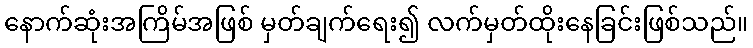
နောက်ဆုံးအကြိမ်အဖြစ် မှတ်ချက်ရေး၍ လက်မှတ်ထိုးနေခြင်းဖြစ်သည်။